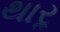
થારૢ